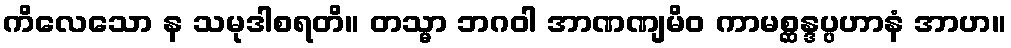
ကိလေသော န သမုဒါစရတိ။ တသ္မာ ဘဂဝါ အာဏဏျမိဝ ကာမစ္ဆန္ဒပ္ပဟာနံ အာဟ။